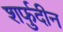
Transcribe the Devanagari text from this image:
शर्फुदीन